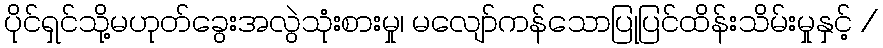
ပိုင်ရှင်သို့မဟုတ်ခွေးအလွဲသုံးစားမှု၊ မလျော်ကန်သောပြုပြင်ထိန်းသိမ်းမှုနှင့် /